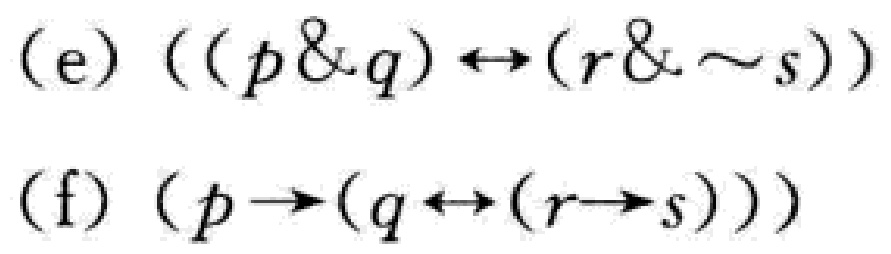
(e) $((p\&q)\leftrightarrow(r\&\sim s))$
(f) $(p\rightarrow(q\leftrightarrow(r\rightarrow s)))$